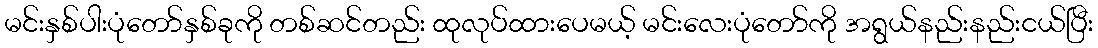
မင်းနှစ်ပါးပုံတော်နှစ်ခုကို တစ်ဆင်တည်း ထုလုပ်ထားပေမယ့် မင်းလေးပုံတော်ကို အရွယ်နည်းနည်းငယ်ပြီး